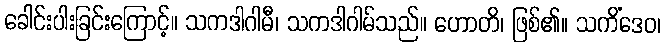
ခေါင်းပါးခြင်းကြောင့်။ သကဒါဂါမီ၊ သကဒါဂါမ်သည်။ ဟောတိ၊ ဖြစ်၏။ သကိံဒေဝ၊